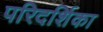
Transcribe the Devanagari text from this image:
परिदर्शिका